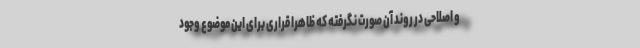
و اصلاحی در روند آن صورت نگرفته که ظاهرا قراری برای این موضوع وجود